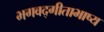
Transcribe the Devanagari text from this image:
भगवद्गीताभाष्य